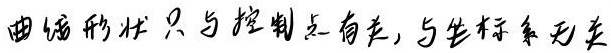
曲线形状只与控制点有关，与坐标系无关